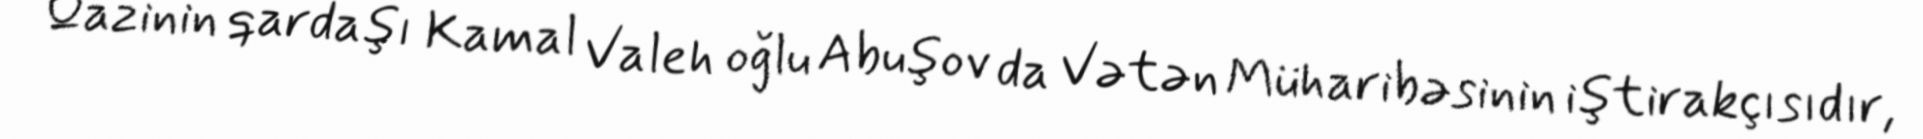
Qazinin qardaşı Kamal Valeh oğlu Abuşov da Vətən Müharibəsinin iştirakçısıdır,